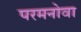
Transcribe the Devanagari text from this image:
परमनोवा